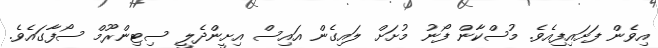
އިވެން ފަށައިފިއެވެ. މުސްކާން ފޯނު މުށަށް ލައިގެން އައިސް އިށީންދެލީ ސިޓިންރޫމް ސޯފާގައެވެ.